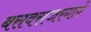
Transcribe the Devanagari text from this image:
बसवराजरगले